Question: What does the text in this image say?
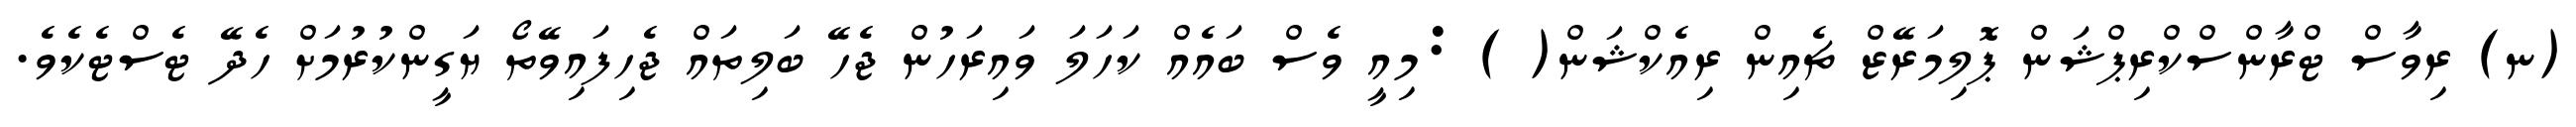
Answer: (ނ) ރިވާސް ޓްރާންސްކްރިޕްޝަން ޕޮލިމަރޭޒް ޗެއިން ރިއެކްޝަން( ) :މިއީ ވެސް ބައެއް ކަހަލަ ވައިރަހުން ޖެހޭ ބަލިތައް ޖެހިފައިވޭތޯ ޔަގީންކުރުމަށް ހެދޭ ޓެސްޓެކެވެ.